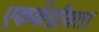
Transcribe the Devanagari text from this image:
एककेंद्रीयता